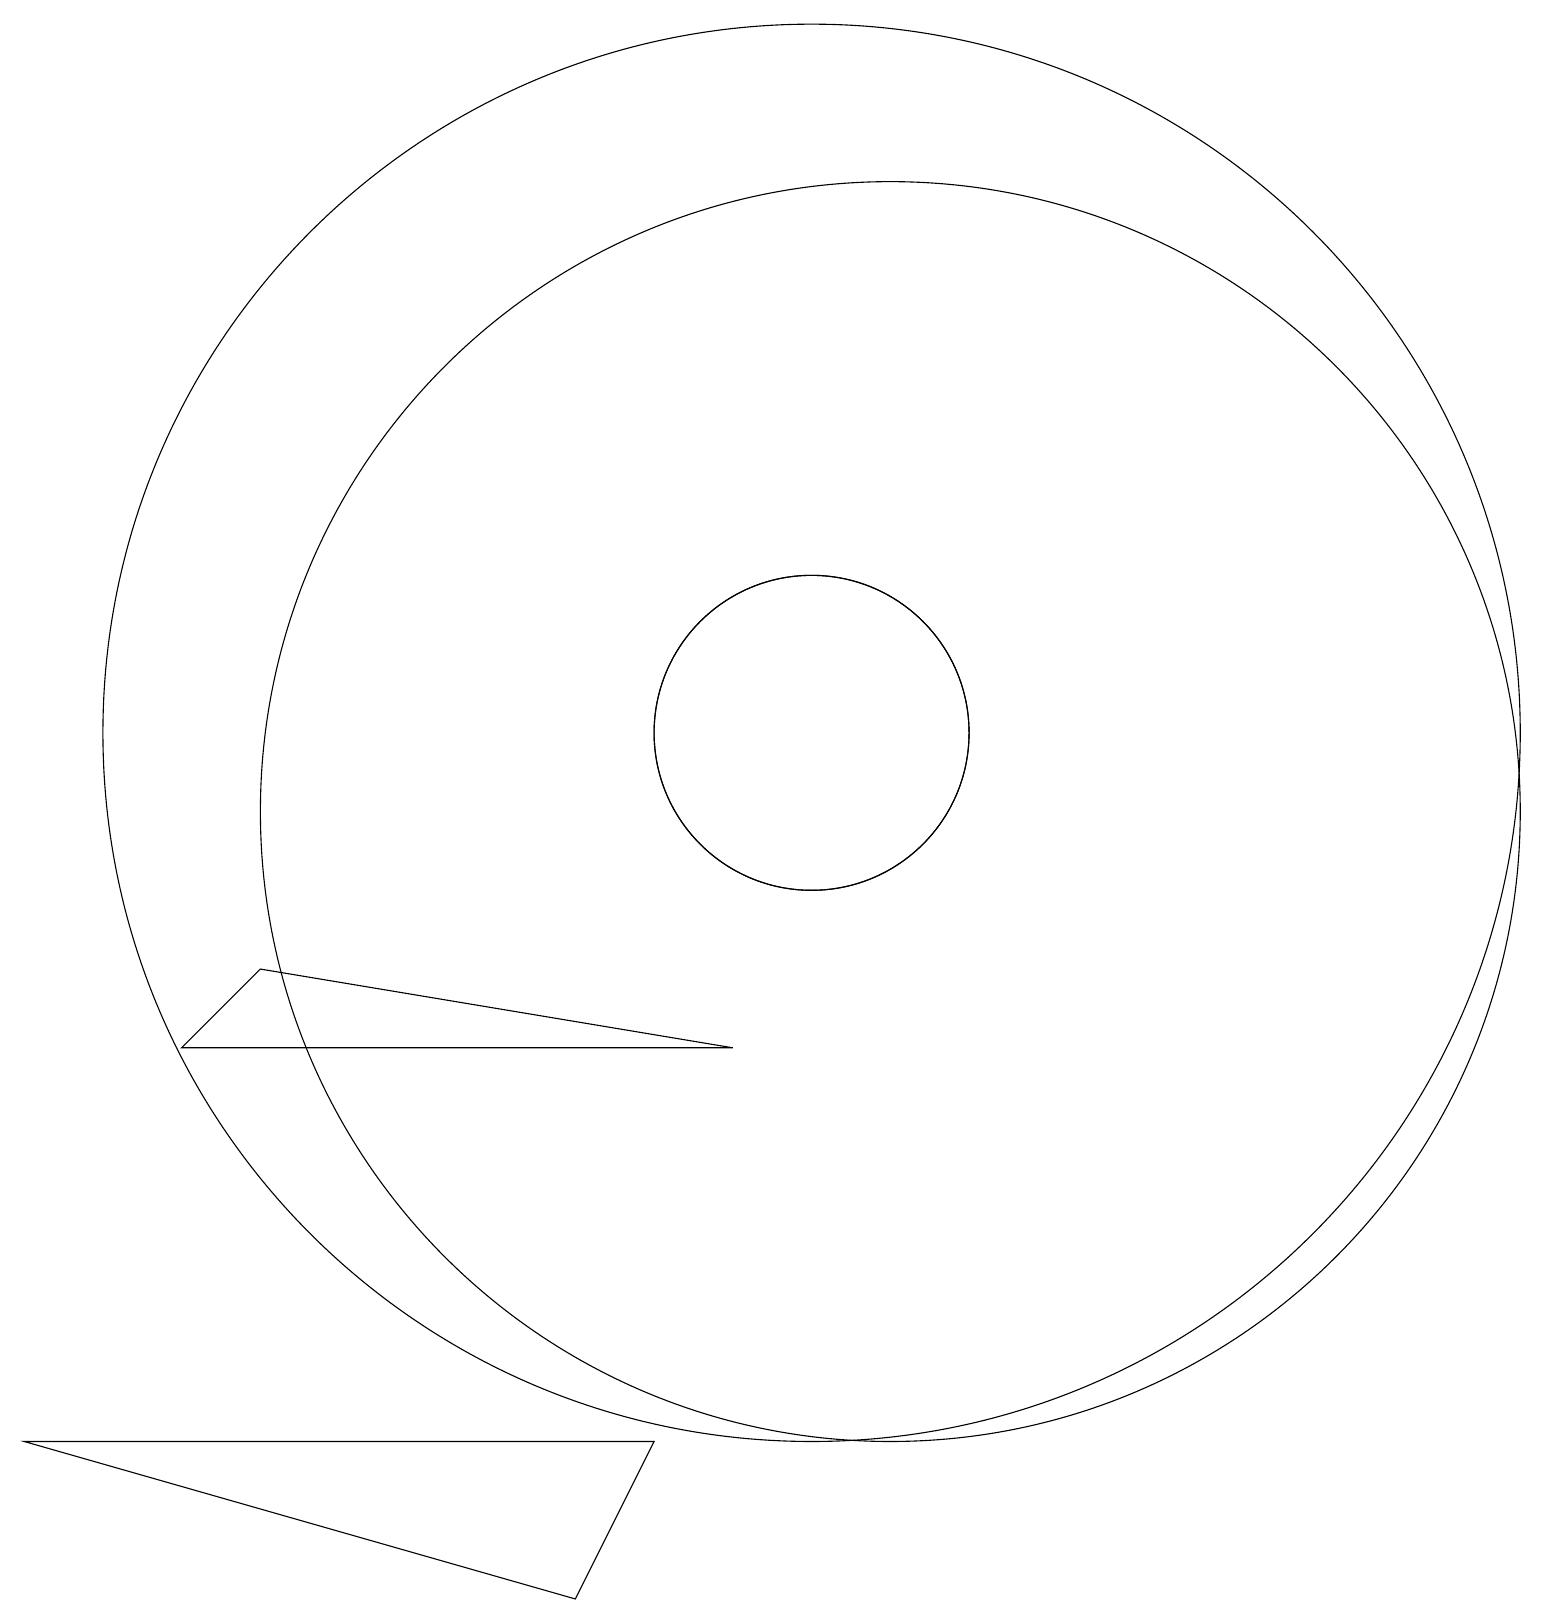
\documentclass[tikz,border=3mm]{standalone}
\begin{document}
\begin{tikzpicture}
\draw (10,11) circle (9);
\draw (10,11) circle (2);
\draw (9,7) -- (2,7) -- (3,8) -- cycle;
\draw (11,10) circle (8);
\draw (0,2) -- (8,2) -- (7,0) -- cycle;
\draw (10,11) circle (2);
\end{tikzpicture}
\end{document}